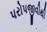
પરોપજીવીથી